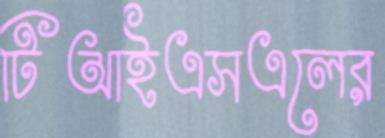
টিআইএসএলের